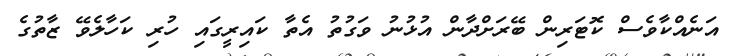
އަނެއްކާވެސް ކޮޓަރިން ބޭރަށްދާން އުޅުނު ވަގުތު އެތާ ކައިރީގައި ހުރި ކަހާލެވޭ ޒާތުގެ